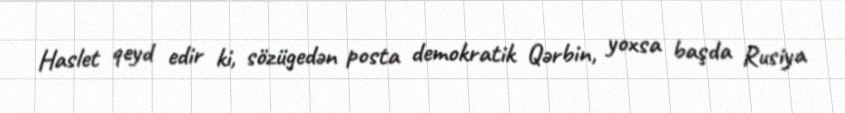
Haslet qeyd edir ki, sözügedən posta demokratik Qərbin, yoxsa başda Rusiya